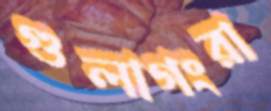
গুলাগংরা